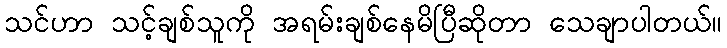
သင်ဟာ သင့်ချစ်သူကို အရမ်းချစ်နေမိပြီဆိုတာ သေချာပါတယ်။